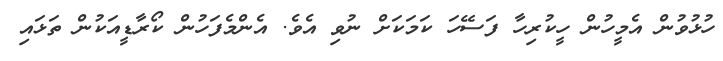
ހުޅުވުން އެމީހުން ހީކުރިހާ ފަސޭހަ ކަމަކަށް ނުވި އެވެ. އެންމެފަހުން ކޯރާޑީއަކުން ތަޅައި